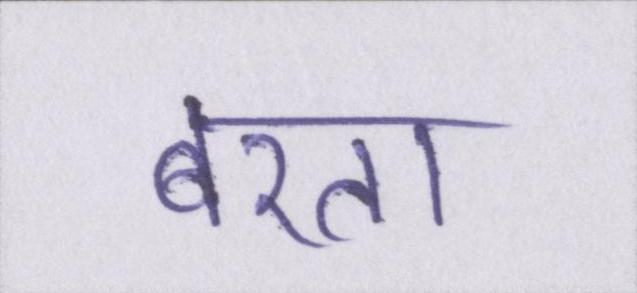
बरता